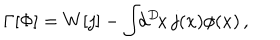
LaTeX: \Gamma [ \Phi ] = W [ j ] - \int \! \! d ^ { D } \! x \, j ( x ) \phi ( x ) \, ,